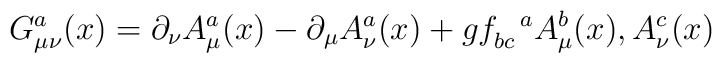
G_{\mu\nu}^{a}(x) = \partial_{\nu}A_{\mu}^{a}(x) - \partial_{\mu}A_{\nu}^{a}(x) + gf_{bc}^{~~a}A_{\mu}^{b}(x), A_{\nu}^{c}(x)